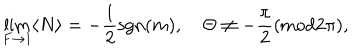
LaTeX: \lim _ { F \to 1 } \langle N \rangle = - { \frac { 1 } { 2 } } \mathrm { s g n } ( m ) , \quad \Theta \neq - \frac { \pi } { 2 } ( \mathrm { m o d } 2 \pi ) ,